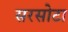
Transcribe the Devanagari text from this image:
सरसोटा